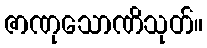
ဇာဏုသောဏိသုတ်။